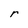
Character: r